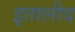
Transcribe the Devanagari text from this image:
इतालीद